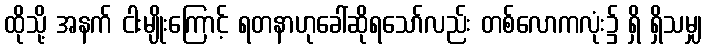
ထိုသို့ အနက် ငါးမျိုးကြောင့် ရတနာဟုခေါ်ဆိုရသော်လည်း တစ်လောကလုံး၌ ရှိ ရှိသမျှ